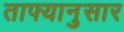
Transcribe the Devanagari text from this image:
ताफ्यानुसार